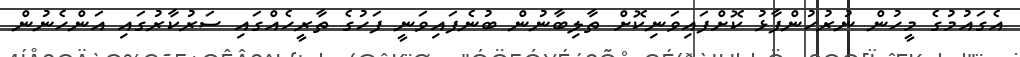
އެގައުމުގެ މީހުން ނުރުހުންފާޅު ކޮށްފައިވަނިކޮށް ތާލިބާނުން ބުނެފައިވަނީ ފަހުގެ ތާރީހެއްގައި ސަރުކާރުގައި އަންހެނުން